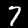
Digit: 7